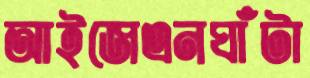
আইজেএনঘাঁটা